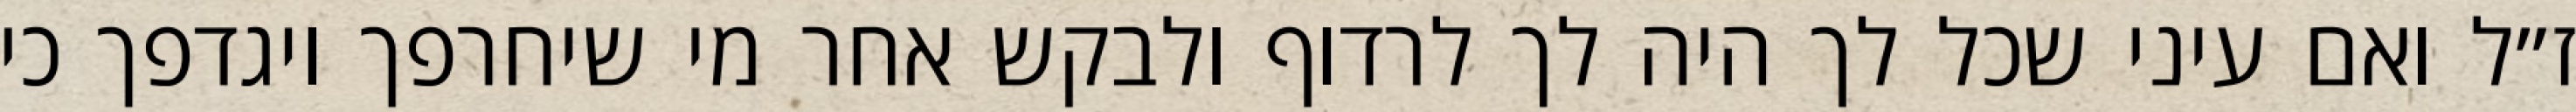
ז״ל ואם עיני שכל לך היה לך לרדוף ולבקש אחר מי שיחרפך ויגדפך כי